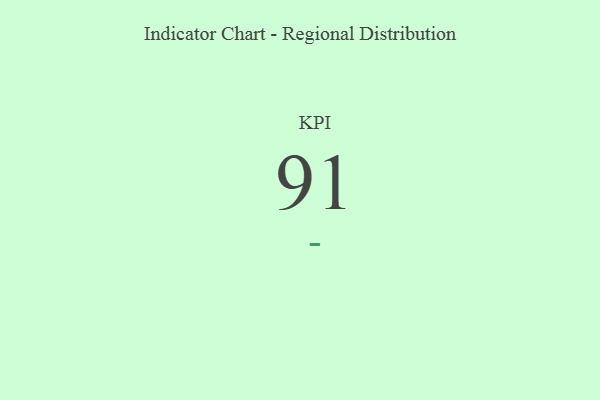
{"axis": {"x": "KPI", "y": "Value"}, "legend": [""], "data": [{"x": "KPI", "y": 91, "type": ""}]}